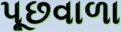
પૂછવાળા